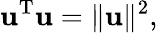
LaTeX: \mathbf{u}^{\mathrm{{T}}}\mathbf{u}=\| \mathbf{u}\| ^{2},